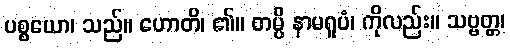
ပစ္စယော၊ သည်။ ဟောတိ၊ ၏။ တမ္ပိ နာမရူပံ၊ ကိုလည်း။ သဗ္ဗတ္တ၊